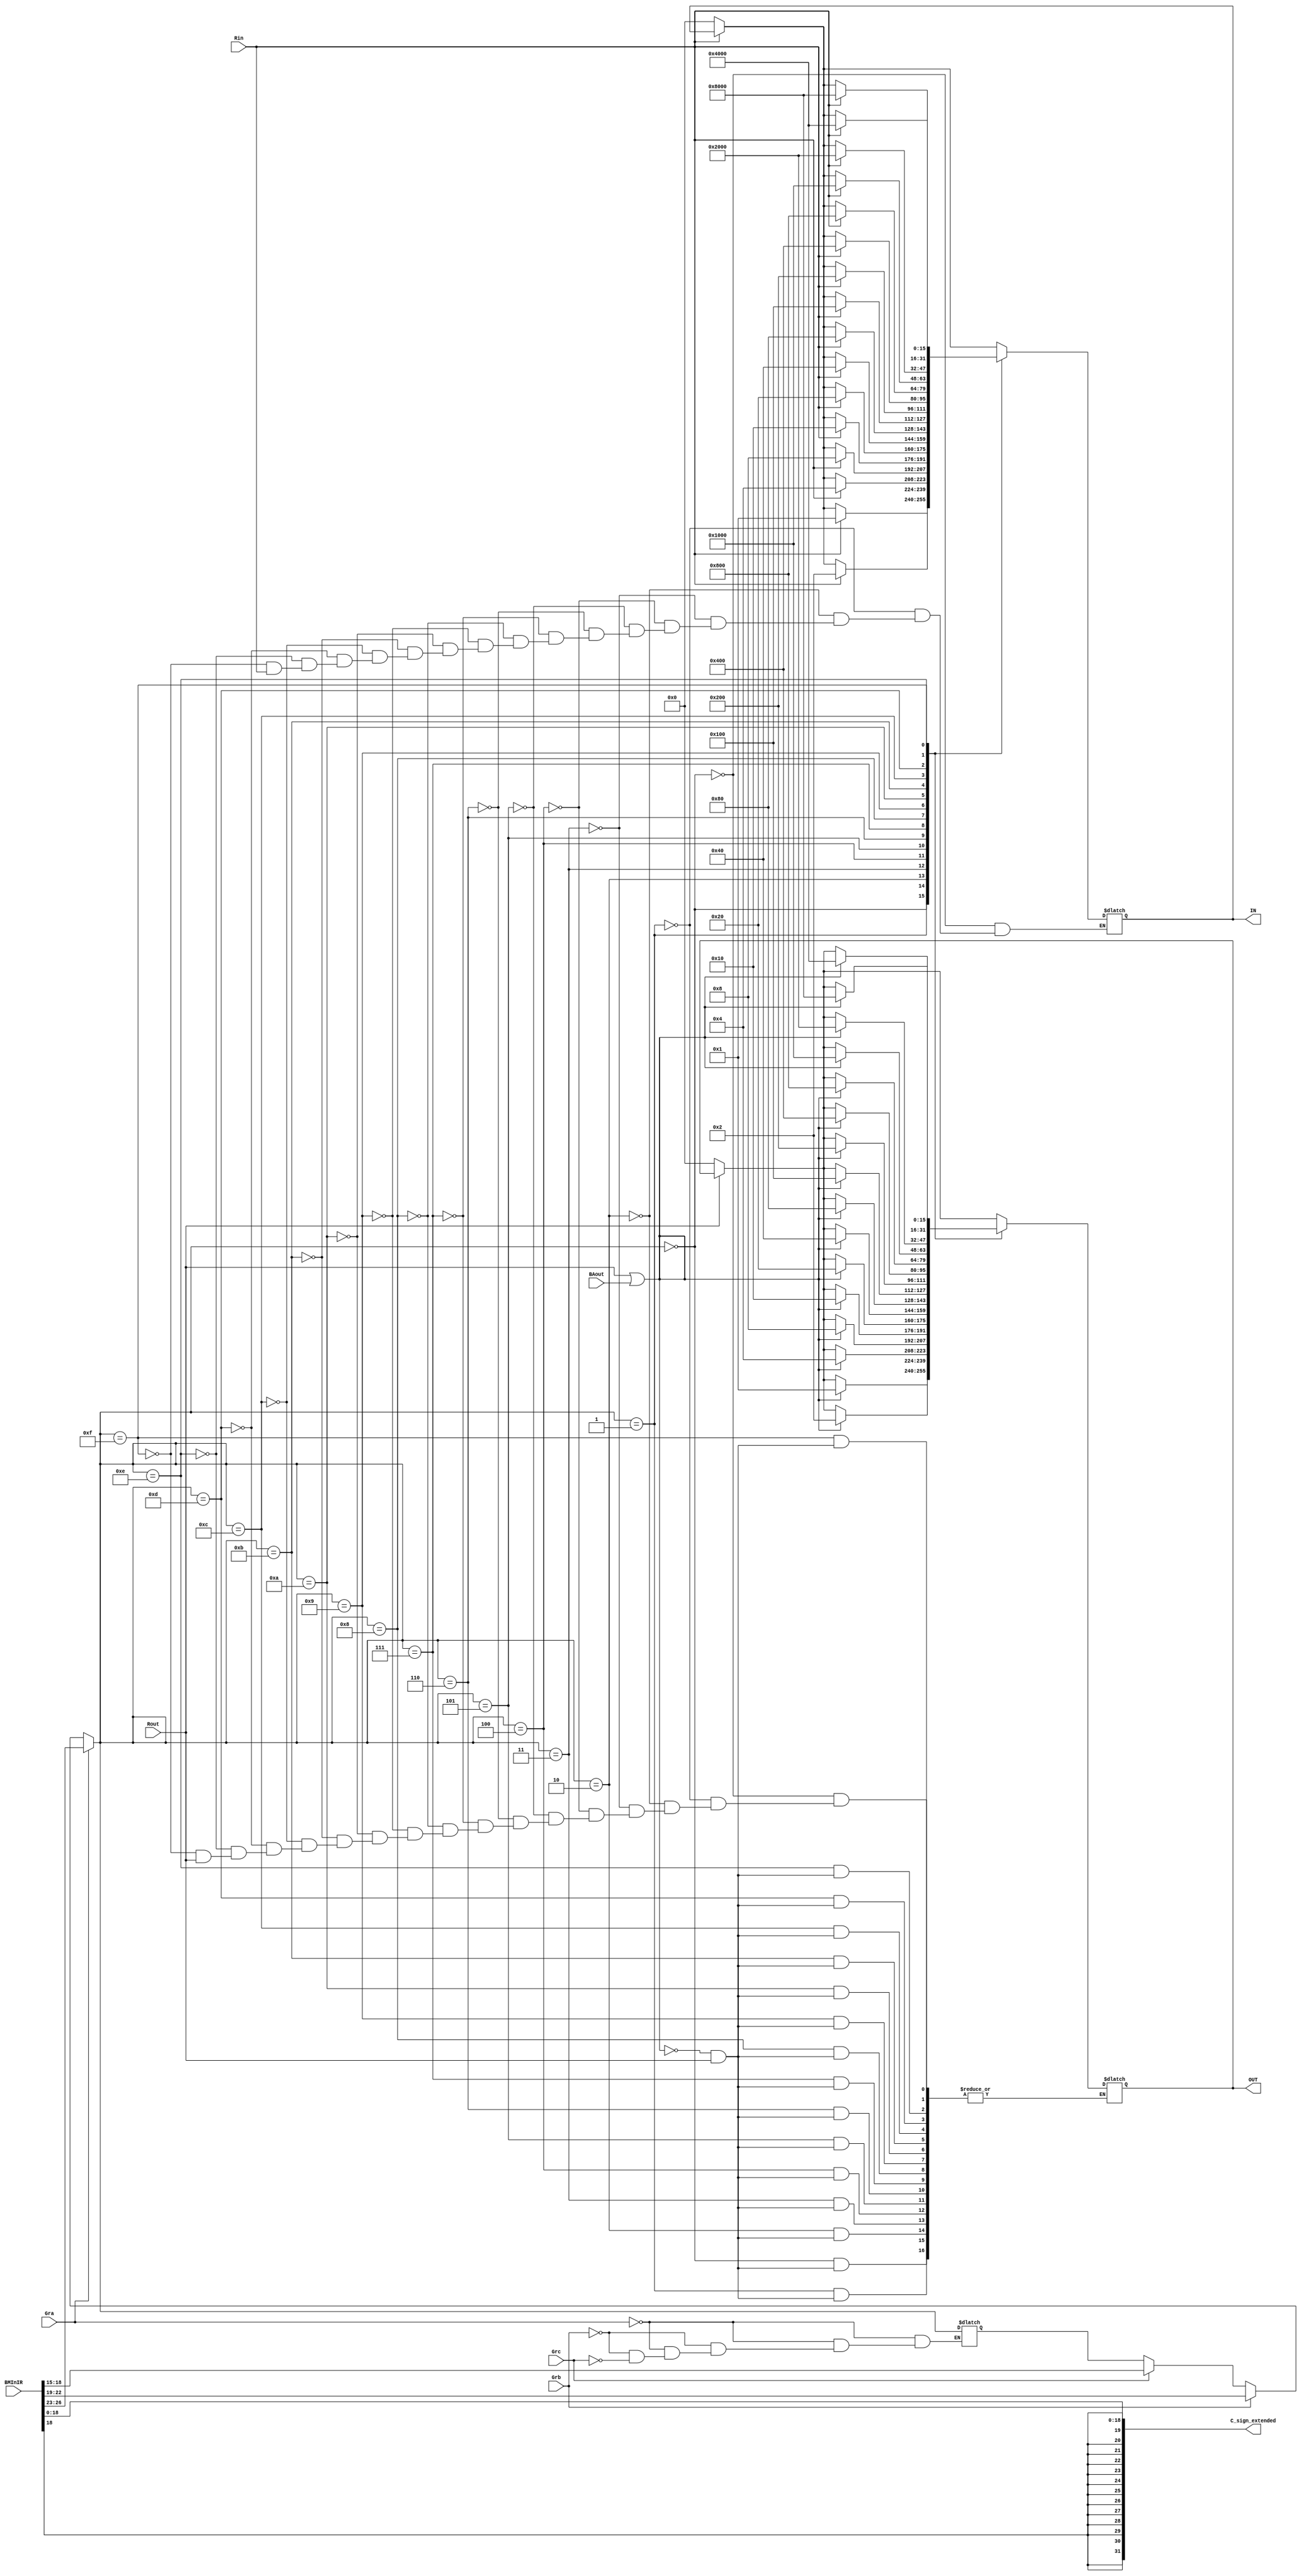
module Select_Encode (
	input wire [31:0] BMInIR, 
	input wire Gra, Grb, Grc, Rin, Rout, BAout, 
	
	output reg [15:0] IN, OUT, 
	output [31:0] C_sign_extended
	);
	
	wire [3:0] Ra, Rb, Rc;  
	
	wire [4:0] Opcode; 
	
	reg [3:0] enc_sel;
	
	
	assign C_sign_extended = {{13{BMInIR[18]}},BMInIR[18:0]};
	assign Opcode[4:0] = BMInIR[31:27]; 
	assign Ra = BMInIR[26:23];
	assign Rb = BMInIR[22:19];
	assign Rc = BMInIR[18:15]; 
	
	
	//4 to 16 decoder
	always @(*) begin 
		if(Gra == 1)
			enc_sel = Ra;
		else if (Grb == 1)
			enc_sel = Rb;
		else if (Grc == 1) 
			enc_sel = Rc; 
			
		if(Rin == 0) IN <= 16'h0000;
		if(Rout == 0) OUT <= 16'h0000;
		
		case(enc_sel)
			4'b0000:	begin
					if(Rin) IN <= 16'h0001; 
					if(Rout | BAout) OUT <= 16'h0001; 
				end
			4'b0001:	begin
					if(Rin) IN <= 16'h0002; 
					if(Rout | BAout) OUT <= 16'h0002; 
				end 
			4'b0010:	begin
					if(Rin) IN <= 16'h0004; 
					if(Rout | BAout) OUT <= 16'h0004; 
				end 
			4'b0011:	begin
					if(Rin) IN <= 16'h0008; 
					if(Rout | BAout) OUT <= 16'h0008; 
				end 
			4'b0100:	begin
					if(Rin) IN <= 16'h0010; 
					if(Rout | BAout) OUT <= 16'h0010; 
				end 
			4'b0101:	begin
					if(Rin) IN <= 16'h0020; 
					if(Rout | BAout) OUT <= 16'h0020; 
				end 	
			4'b0110:	begin
					if(Rin) IN <= 16'h0040; 
					if(Rout | BAout) OUT <= 16'h0040;
				end 
			4'b0111:	begin
					if(Rin) IN <= 16'h0080; 
					if(Rout | BAout) OUT <= 16'h0080;
				end 
			4'b1000:	begin
					if(Rin) IN <= 16'h0100; 
					if(Rout | BAout) OUT <= 16'h0100; 
				end 
			4'b1001:	begin
					if(Rin) IN <= 16'h0200; 
					if(Rout | BAout) OUT <= 16'h0200; 
				end 
			4'b1010:	begin
					if(Rin) IN <= 16'h0400; 
					if(Rout | BAout) OUT <= 16'h0400; 
				end 
			4'b1011:	begin
					if(Rin) IN <= 16'h0800; 
					if(Rout | BAout) OUT <= 16'h0800; 
				end 
			4'b1100:	begin
					if(Rin) IN <= 16'h1000; 
					if(Rout | BAout) OUT <= 16'h1000;  
				end 	
			4'b1101:	begin
					if(Rin) IN <= 16'h2000; 
					if(Rout | BAout) OUT <= 16'h2000; 
				end 
			4'b1110:	begin
					if(Rin) IN <= 16'h4000; 
					if(Rout | BAout) OUT <= 16'h4000; 
				end 
			4'b1111:	begin
					if(Rin) IN <= 16'h8000; 
					if(Rout | BAout) OUT <= 16'h8000; 
				end 
		endcase
	end 
	
	
endmodule